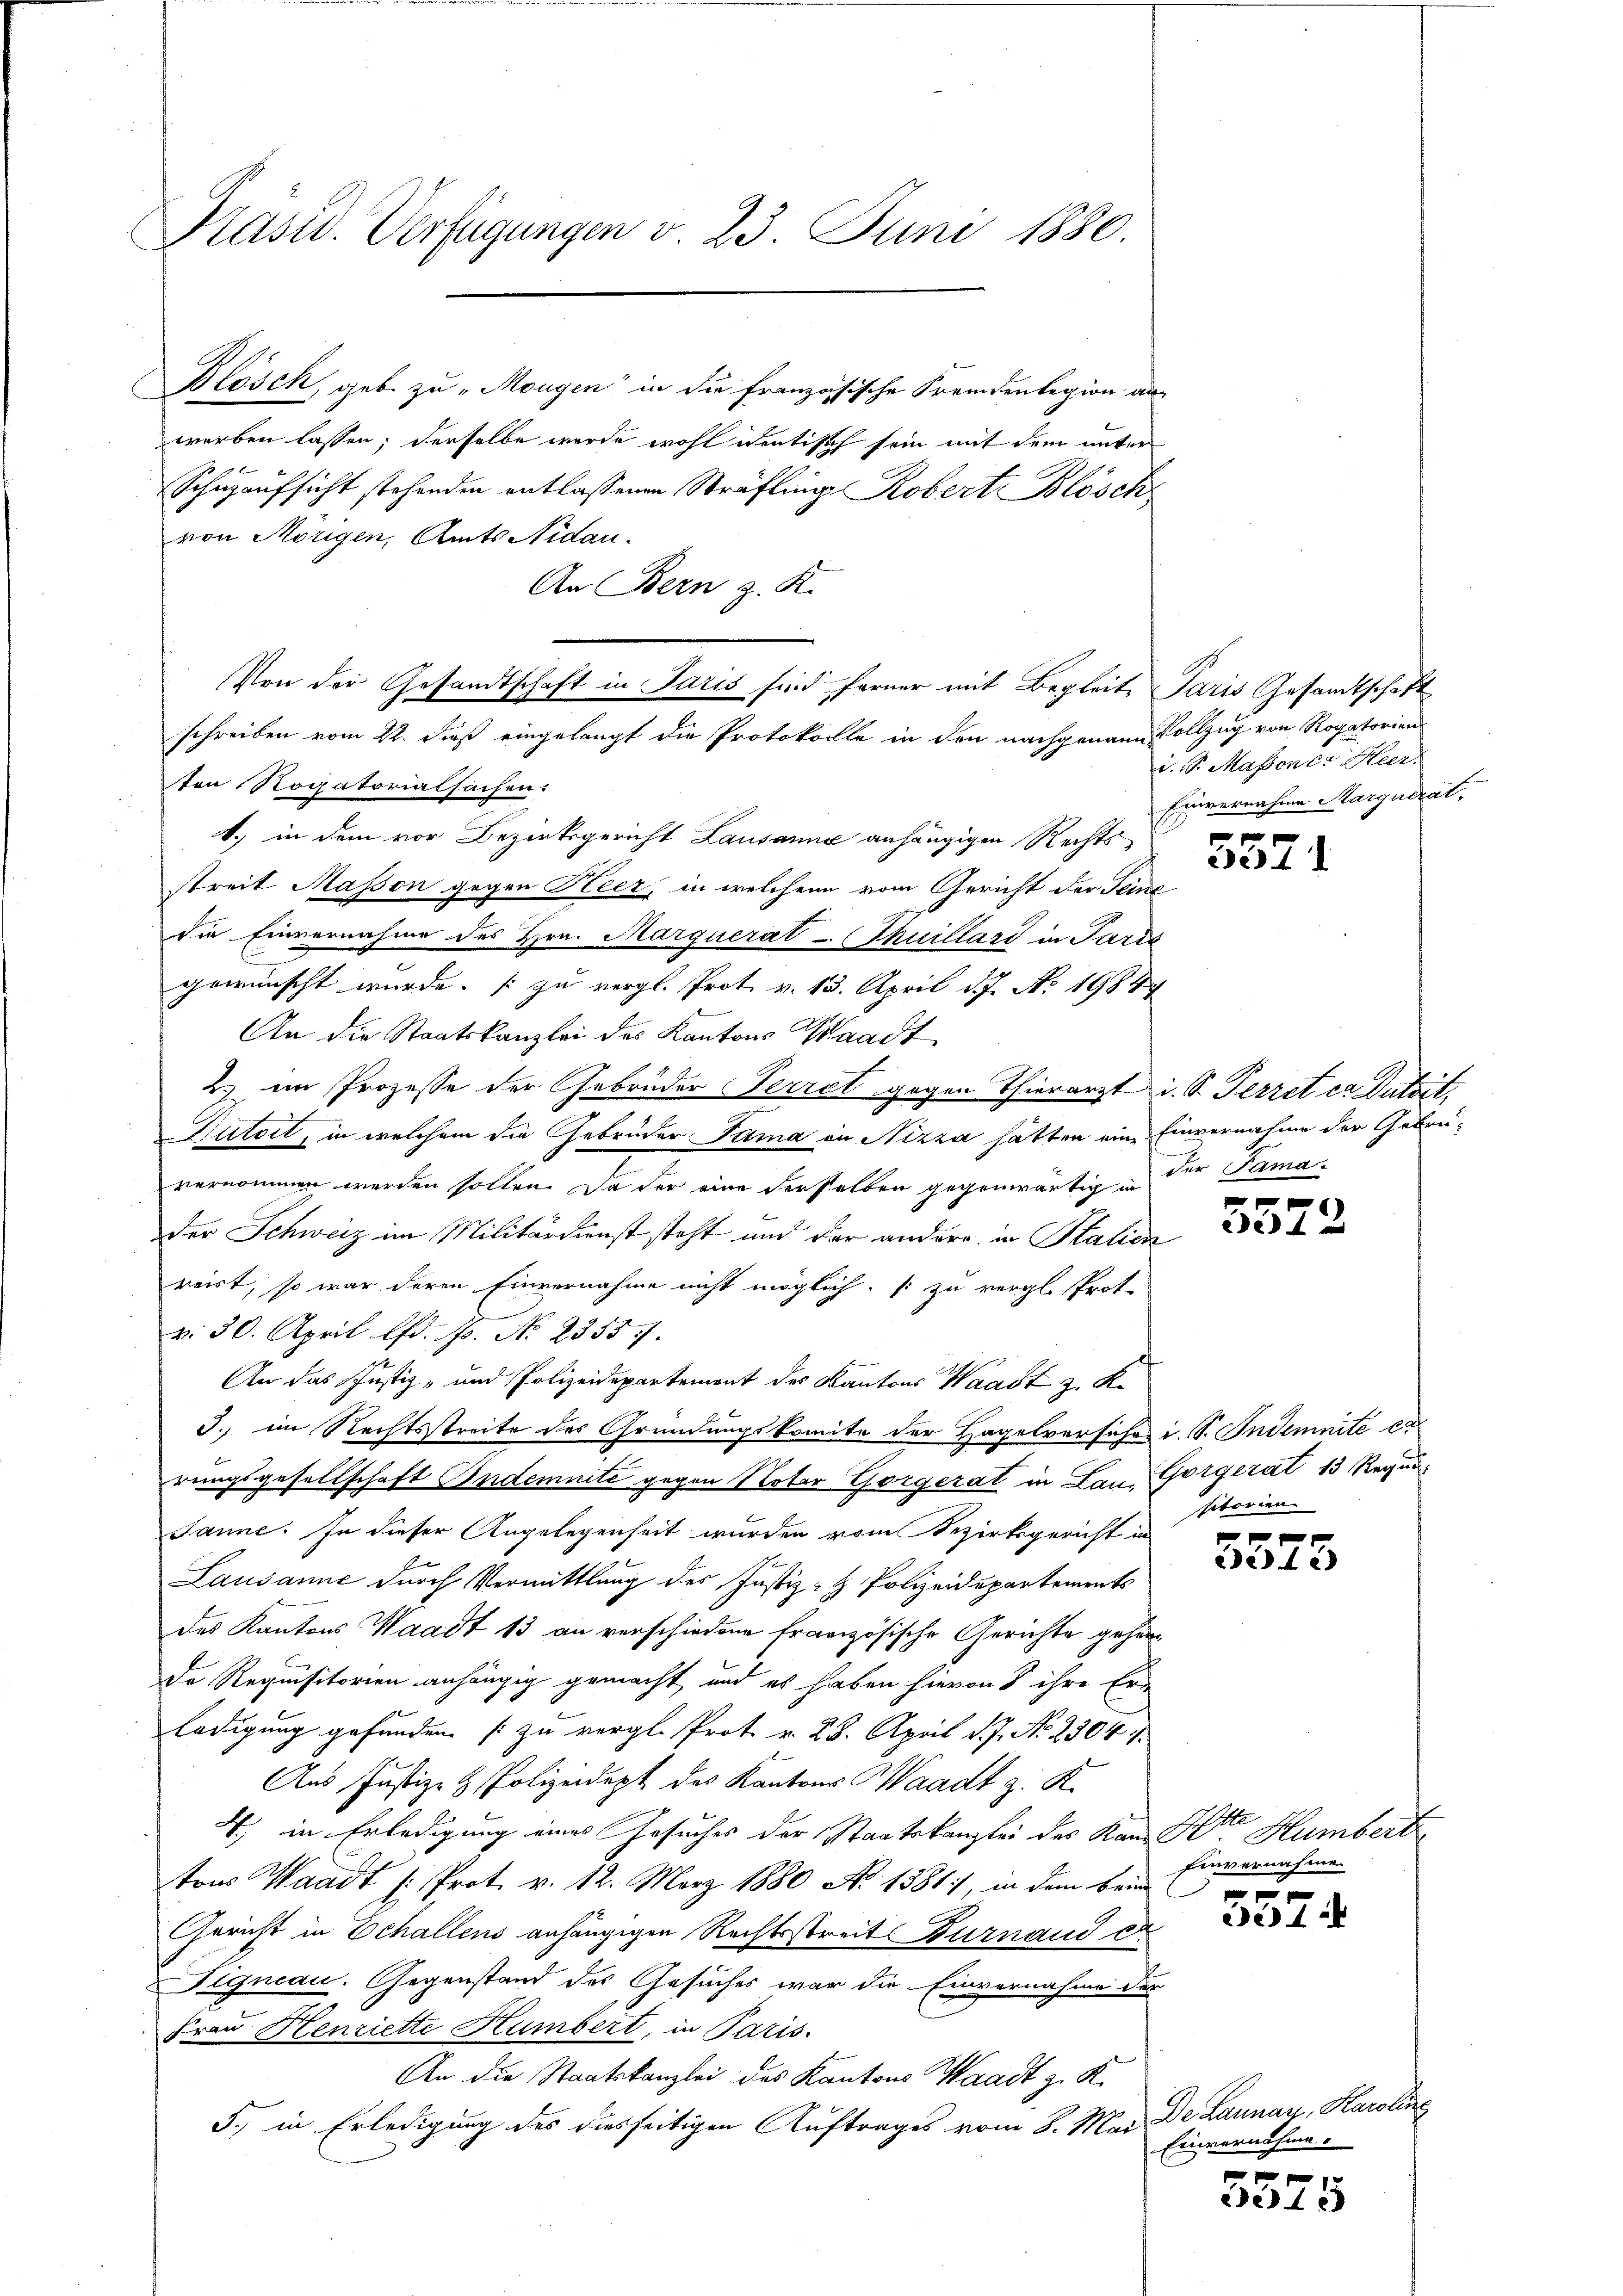
Präsid. Verfügungen v. 23. Juni 1880.

Blösch, geb. zu „Morgen“ in die französische Fremdenlegion an-
werben lassen; derselbe wurde wohl identisch sein mit dem unter
Schuzaufsicht stehenden entlassenen Sträfling Robert Blösch
von Mörigen, Amts Nidau.
An Bern z. K.
ten Rogatorialsachen:
1.) in dem vor Bezirksgericht Lausanne anhängigen Rechts-
streit Masson gegen Heer, in welchen vom Gericht der Seine
die Einvernahme des Hrn. Marquerat - Thuillard in Paris
gewünscht wurde. [zu vergl. Prot. v. 15. April 17. No. 1984
An die Staatskanzlei des Kantons Waadt
2) im Prozesse der Gebrüder Perret gegen Thierarzt i. S. Perret ca Dutrit
Dutoit, in welchem die Gebrüder Tama in Nizza hätten ein Einvernahme der Gebrüvernommen werden sollen. Da der eine derselben gegenwärtig in
der Schweiz im Militärdienst steht und der andere in Stalick
reist, so war deren Einvernahme nicht möglich [zu vergl. Prot.
v. 30. April lfd. 17. No. 2355.
An das Justiz- und Polizeidepartement des Kantons Waadt z. K.
I. im Rechtsstreite des Gründungskomite der Hagelversuches i. S. Indemnité ex
rungsgesellschaft Indemnité gegen Noter Gorgerat in Lana Gorgerat 13 Regen
Janne. In dieser Angelegenheit wurden vom Bezirksgericht in
Lausanne durch Vermittlung des Justiz- & Polizeidepartements
des Kantons Waadt 13 an verschiedene Französische Gerichte gehande Requisitorien anhängig gemacht, und es haben hievon 5 ihre Ern
ledigung gefunden [zu vergl. Prot v. 25. April v. J. No. 2304. 7.
Aus Justiz- & Polizeidept des Kantons Waadt z. K.
4) in Erledigung eines Gesuches der Staatskanzlei des Kan Dr. Humbert
tons Waadt /: Prot. v. 12. März 1880 No 1381), in dem beim
Gericht in Echallens anhängigen Rechtsstreit Burnaud e
Dignau. Gegenstand des Gesuches war die Einvernahme der
Frau Henriette Humbert, in Paris.
An die Staatskanzlei des Kantons Waadt z. K.
5., in Erledigung des diesseitigen Auftrages vom 8. Mai De Launay, Karoline

Von der Gesandtschaft in Paris sind ferner mit Begleite Paris Gesandtschaft
schreiben vom 22. dieß eingelangt die Protokolle in den nachgenaue Vollzug von Rogatorien

i. S. Masson cit. Heer
Einvernahme Marquerat,
e

ed

.

der Tama.

x
242

sitorien

x
2e) 12)

Sch e
Einvernahme
f x

)4

xx
de) e

Einvernahme.